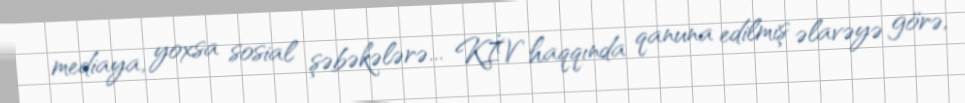
mediaya, yoxsa sosial şəbəkələrə... KİV haqqında qanuna edilmiş əlavəyə görə,